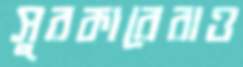
সুরকারেরাও